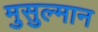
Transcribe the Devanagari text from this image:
मुसुल्मान